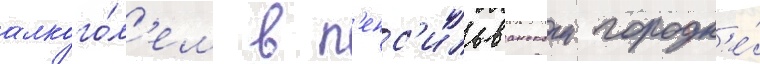
алкого́л'ем в п'енс'ильванском городк'е́